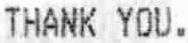
THANK YOU.